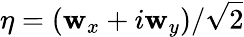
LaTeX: \mathbf{\eta}=\left(\mathbf{w}_{x}+i\mathbf{w}_{y}\right)/\sqrt{2}